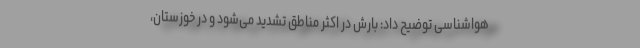
هواشناسی توضیح داد: بارش در اکثر مناطق تشدید می‌شود و در خوزستان،